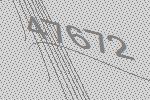
47672